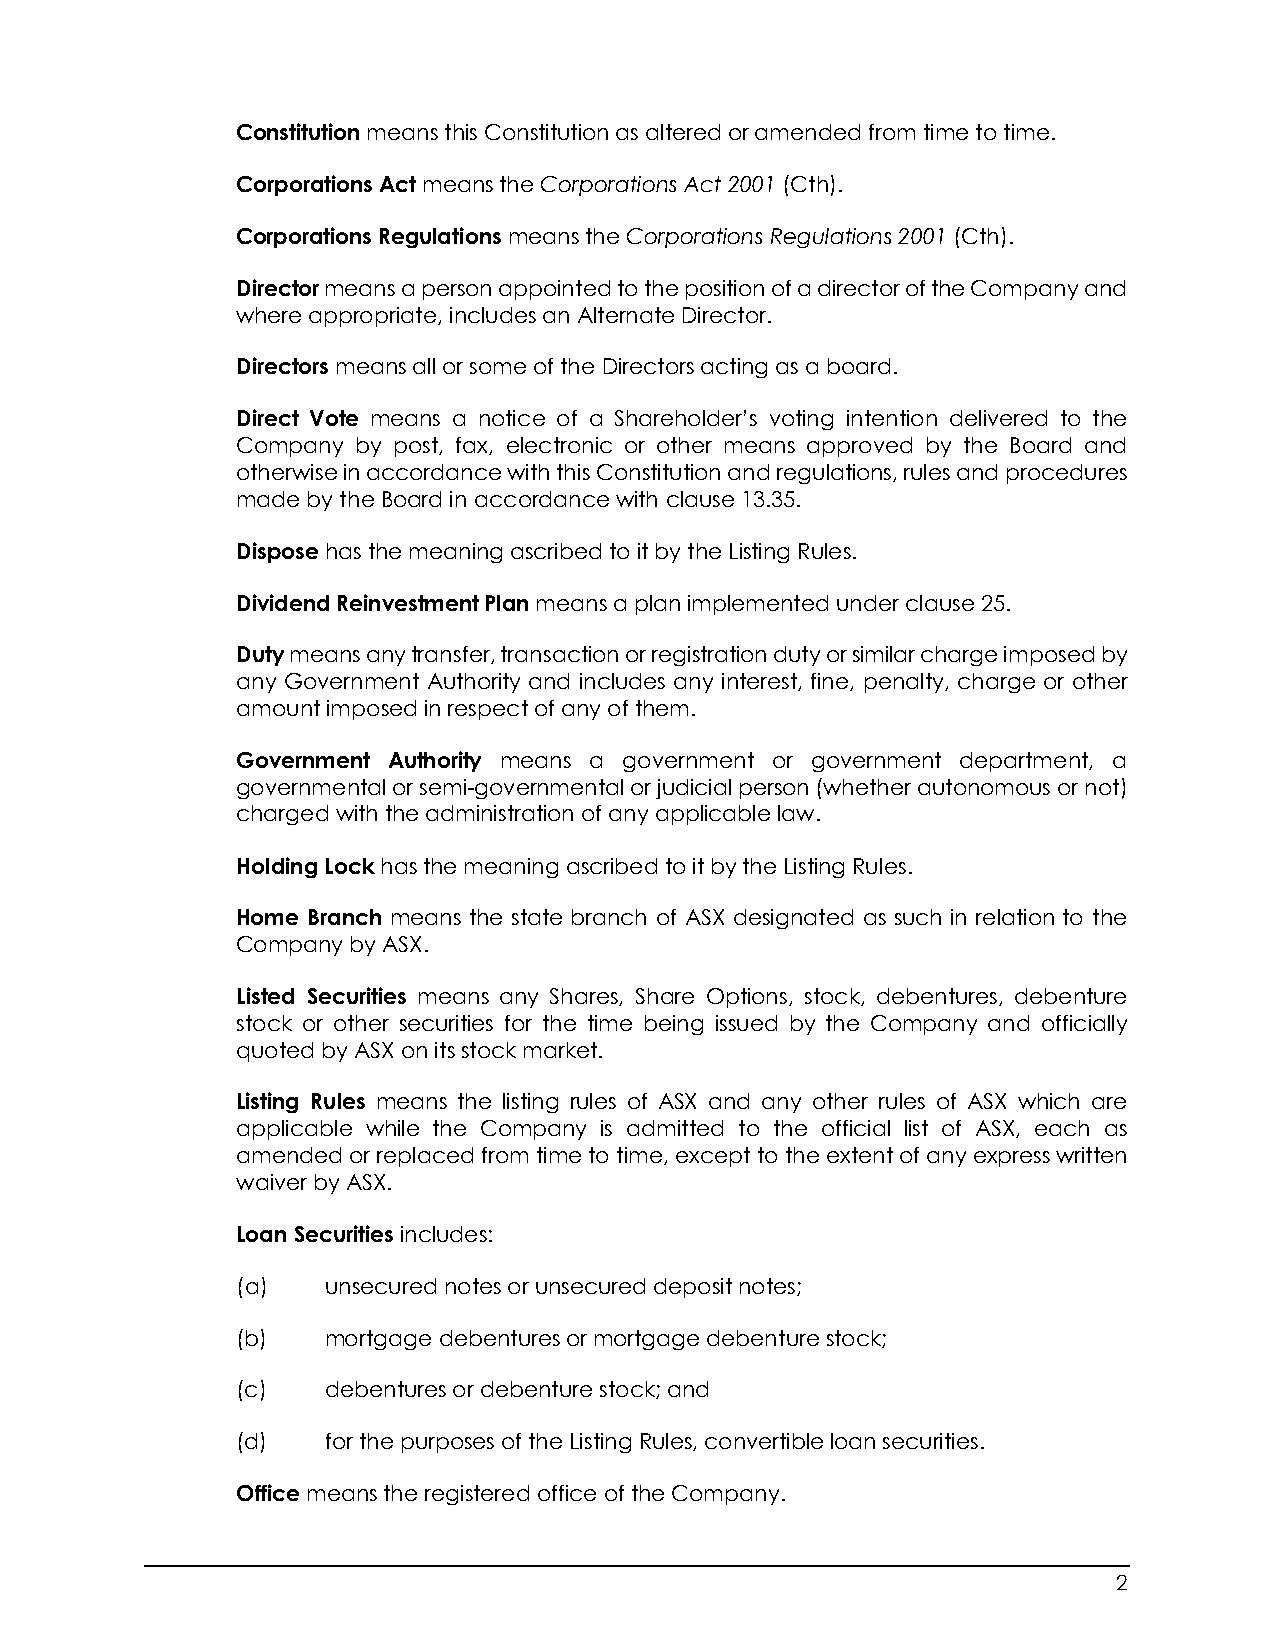
Constitution means this Constitution as altered or amended from time to time.
 Corporations Act means the Corporations Act 2001 (Cth).
 Corporations Regulations means the Corporations Regulations 2001 (Cth).
 Director means a person appointed to the position of a director of the Company and
 where appropriate, includes an Alternate Director.
 Directors means all or some of the Directors acting as a board.
 Direct Vote means a notice of a Shareholder’s voting intention delivered to the
 Company by post, fax, electronic or other means approved by the Board and
 otherwise in accordance with this Constitution and regulations, rules and procedures
 made by the Board in accordance with clause 13.35.
 Dispose has the meaning ascribed to it by the Listing Rules.
 Dividend Reinvestment Plan means a plan implemented under clause 25.
 Duty means any transfer, transaction or registration duty or similar charge imposed by
 any Government Authority and includes any interest, fine, penalty, charge or other
 amount imposed in respect of any of them.
 Government Authority means a government or government department, a
 governmental or semi-governmental or judicial person (whether autonomous or not)
 charged with the administration of any applicable law.
 Holding Lock has the meaning ascribed to it by the Listing Rules.
 Home Branch means the state branch of ASX designated as such in relation to the
 Company by ASX.
 Listed Securities means any Shares, Share Options, stock, debentures, debenture
 stock or other securities for the time being issued by the Company and officially
 quoted by ASX on its stock market.
 Listing Rules means the listing rules of ASX and any other rules of ASX which are
 applicable while the Company is admitted to the official list of ASX, each as
 amended or replaced from time to time, except to the extent of any express written
 waiver by ASX.
 Loan Securities includes:
 (a)   unsecured notes or unsecured deposit notes;
 (b)   mortgage debentures or mortgage debenture stock;
 (c)   debentures or debenture stock; and
 (d)   for the purposes of the Listing Rules, convertible loan securities.
 Office means the registered office of the Company.
 2